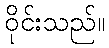
ဝိုင်းသည်။